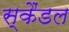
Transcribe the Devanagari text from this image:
स्‍कैंडल